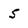
Character: 5